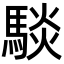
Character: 𮪋